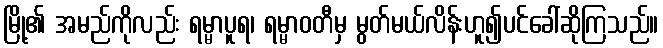
မြို့၏ အမည်ကိုလည်း ရမ္မာပူရ၊ ရမ္မာဝတီမှ မွတ်မယ်လိန်းဟူ၍ပင်ခေါ်ဆိုကြသည်။